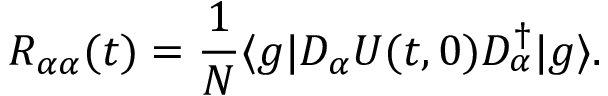
R _ { \alpha \alpha } ( t ) = \frac { 1 } { N } \ensuremath { \langle g | } D _ { \alpha } U ( t , 0 ) D _ { \alpha } ^ { \dagger } \ensuremath { | g \rangle } .